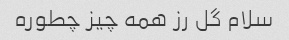
سلام گل رز همه چیز چطوره